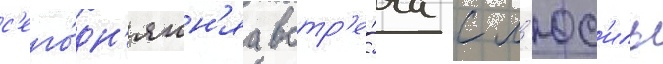
с'его́дн'яшн'яа встр'е́ча с л'юс'иль